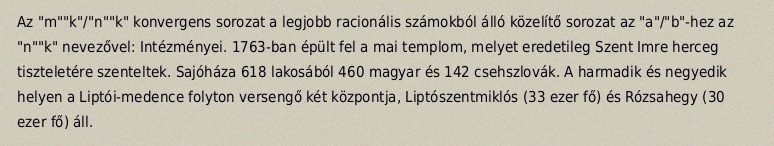
Az "m""k"/"n""k" konvergens sorozat a legjobb racionális számokból álló közelítő sorozat az "a"/"b"-hez az "n""k" nevezővel: Intézményei. 1763-ban épült fel a mai templom, melyet eredetileg Szent Imre herceg tiszteletére szenteltek. Sajóháza 618 lakosából 460 magyar és 142 csehszlovák. A harmadik és negyedik helyen a Liptói-medence folyton versengő két központja, Liptószentmiklós (33 ezer fő) és Rózsahegy (30 ezer fő) áll.